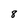
Character: 8